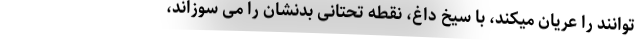
توانند را عریان میکند، با سیخ داغ، نقطه تحتانی بدنشان را می سوزاند،